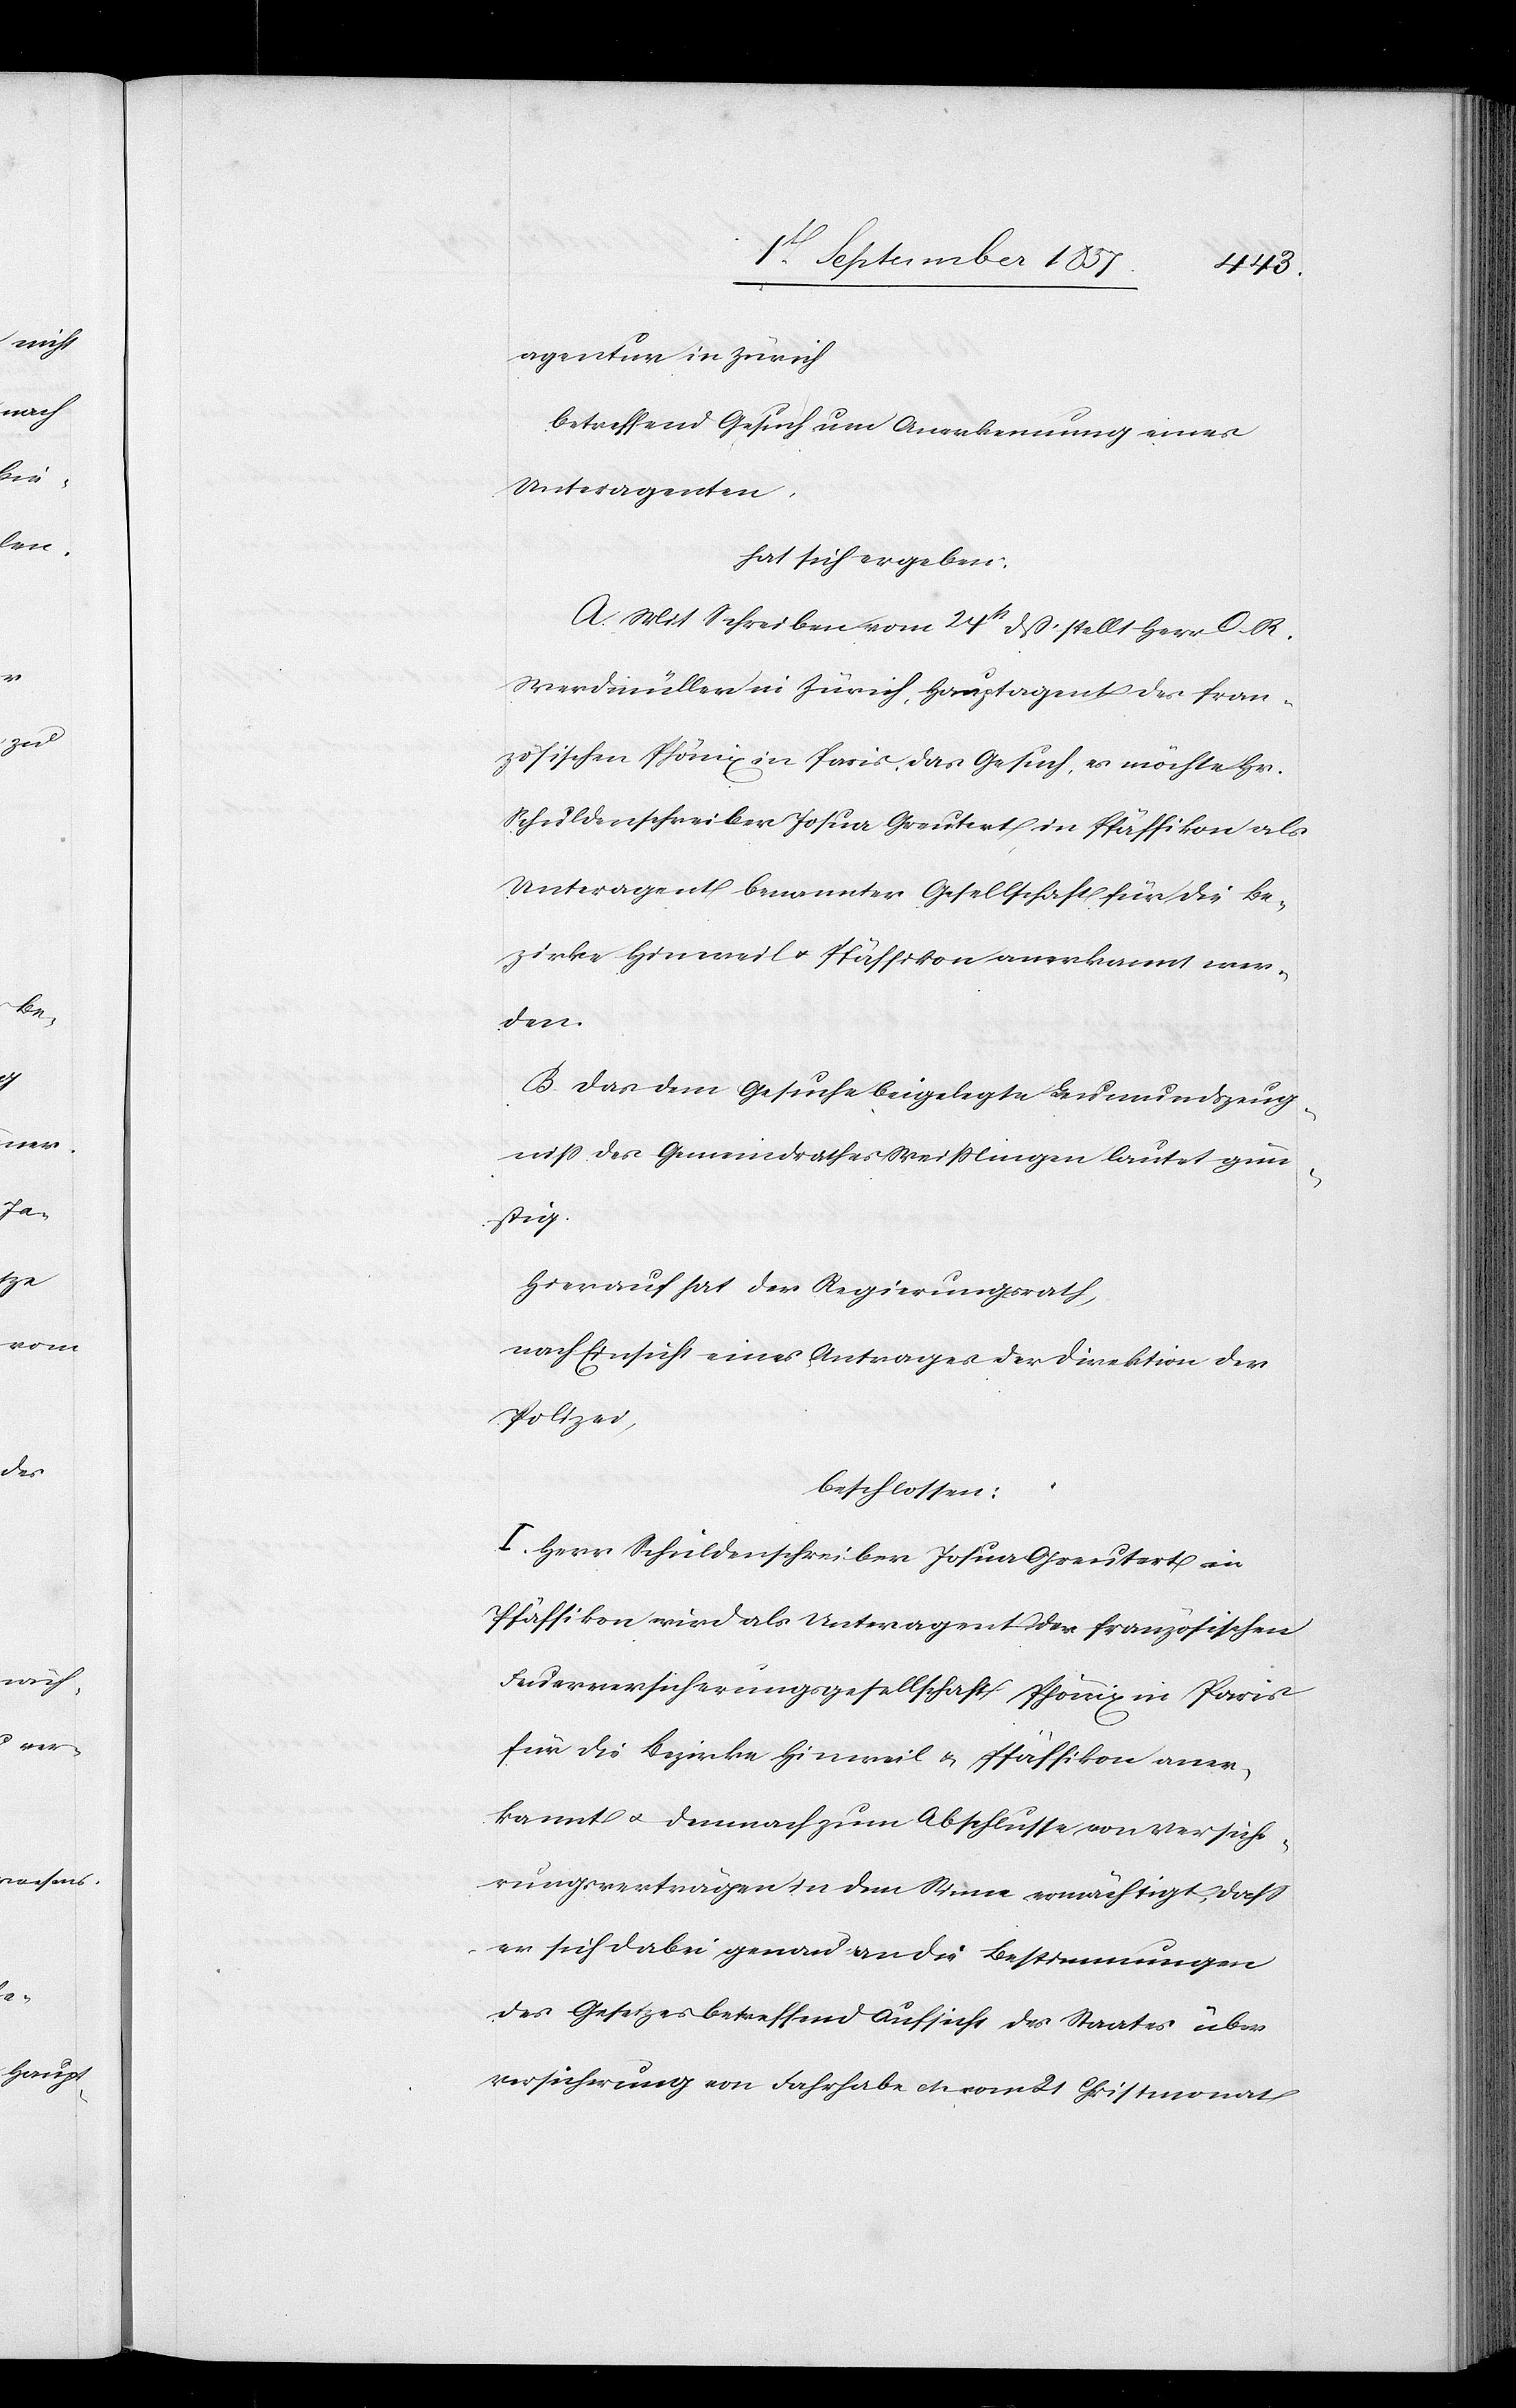
agentur in Zürich
betreffend Gesuch um Anerkennung eines
Unteragenten,
hat sich ergeben:
A. Mit Schreiben vom 24 dß. stellt Herr O. R.
Werdmüller in Zürich, Hauptagent der fran¬
zösischen Phönix in Paris, das Gesuch es möchte Hr.
Schuldenschreiber Josua Greutert in Pfäffikon als
Unteragent benannter Gesellschaft für die Be¬
zirke Hinweil & Pfäffikon anerkannt wer¬
den.
B. Das dem Gesuche beigelegte Leumundszeug¬
niß des Gemeindrathes Weißlingen lautet gün¬
stig.
Hierauf hat der Regierungsrath,
nach Einsicht eines Antrages der Direktion der
Polizei,
beschlossen:
I. Herr Schuldenschreiber Josua Greutert in
Pfäffion wird als Unteragent der französischen
Feuerversicherungsgesellschaft Phönix in Paris
für die Bezirke Hinweil & Pfäffikon aner¬
kannt & demnach zum Abschlusse von Versiche¬
rungsverträgen in dem Sinne ermächtigt, daß
er sich dabei genau an die Bestimmungen
des Gesetzes betreffend Aufsicht des Staates über
Versicherung von Fahrhabe etc. vom 21 Christmonat